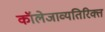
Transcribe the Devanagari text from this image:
कॉलेजाव्यतिरिक्त